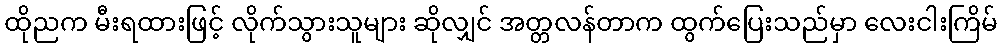
ထိုညက မီးရထားဖြင့် လိုက်သွားသူများ ဆိုလျှင် အတ္တလန်တာက ထွက်ပြေးသည်မှာ လေးငါးကြိမ်